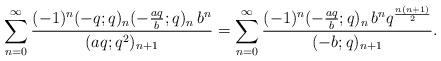
LaTeX: \begin{align*}\sum_{n=0}^{\infty} \frac{(-1)^n (-q;q)_n (- \frac{aq}{b} ; q)_n \, b^n }{(aq; q^2)_{n+1} } = \sum_{n=0}^{\infty} \frac{(-1)^n (- \frac{aq}{b} ; q)_n \, b^n q^{\frac{n(n+1)}{2}} }{(-b; q)_{n+1}}.\end{align*}